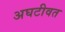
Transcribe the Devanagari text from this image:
अघटीवत